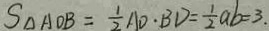
S _ { \Delta A O B } = \frac { 1 } { 2 } A O \cdot B D = \frac { 1 } { 2 } a b = 3 .